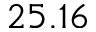
2 5 . 1 6